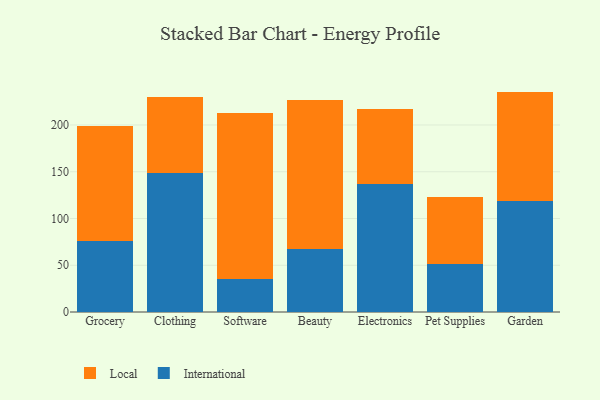
{"axis": {"x": "Category", "y": "Humidity (%)"}, "legend": ["International", "Local"], "data": [{"x": "Grocery", "y": 76.4, "type": "International"}, {"x": "Grocery", "y": 122.2, "type": "Local"}, {"x": "Clothing", "y": 148.6, "type": "International"}, {"x": "Clothing", "y": 80.8, "type": "Local"}, {"x": "Software", "y": 35.1, "type": "International"}, {"x": "Software", "y": 178.0, "type": "Local"}, {"x": "Beauty", "y": 67.2, "type": "International"}, {"x": "Beauty", "y": 159.8, "type": "Local"}, {"x": "Electronics", "y": 136.8, "type": "International"}, {"x": "Electronics", "y": 80.8, "type": "Local"}, {"x": "Pet Supplies", "y": 50.9, "type": "International"}, {"x": "Pet Supplies", "y": 72.3, "type": "Local"}, {"x": "Garden", "y": 118.8, "type": "International"}, {"x": "Garden", "y": 116.9, "type": "Local"}]}